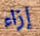
إزاء